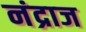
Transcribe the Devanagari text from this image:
नंद्राज